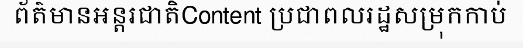
ព័ត៌មានអន្តរជាតិContent ប្រជាពលរដ្ឋសម្រុកកាប់